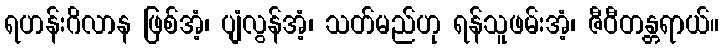
ရဟန်းဂိလာန ဖြစ်အံ့၊ ပျံလွန်အံ့၊ သတ်မည်ဟု ရန်သူဖမ်းအံ့၊ ဇီဝီတန္တရာယ်။